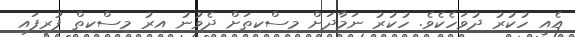
އެއީ ހުކުރު ދުވަހެކެވެ. ހުކުރު ނަމާދަށް މިސްކިތަށް ދެވުނު އިރު މިސްކިތް ފުރިފައި